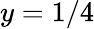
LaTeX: y=1/4